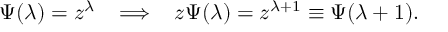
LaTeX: \Psi ( \lambda ) = z ^ { \lambda } \; \; \; \Longrightarrow \; \; \; z \Psi ( \lambda ) = z ^ { \lambda + 1 } \equiv \Psi ( \lambda + 1 ) .